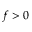
f > 0